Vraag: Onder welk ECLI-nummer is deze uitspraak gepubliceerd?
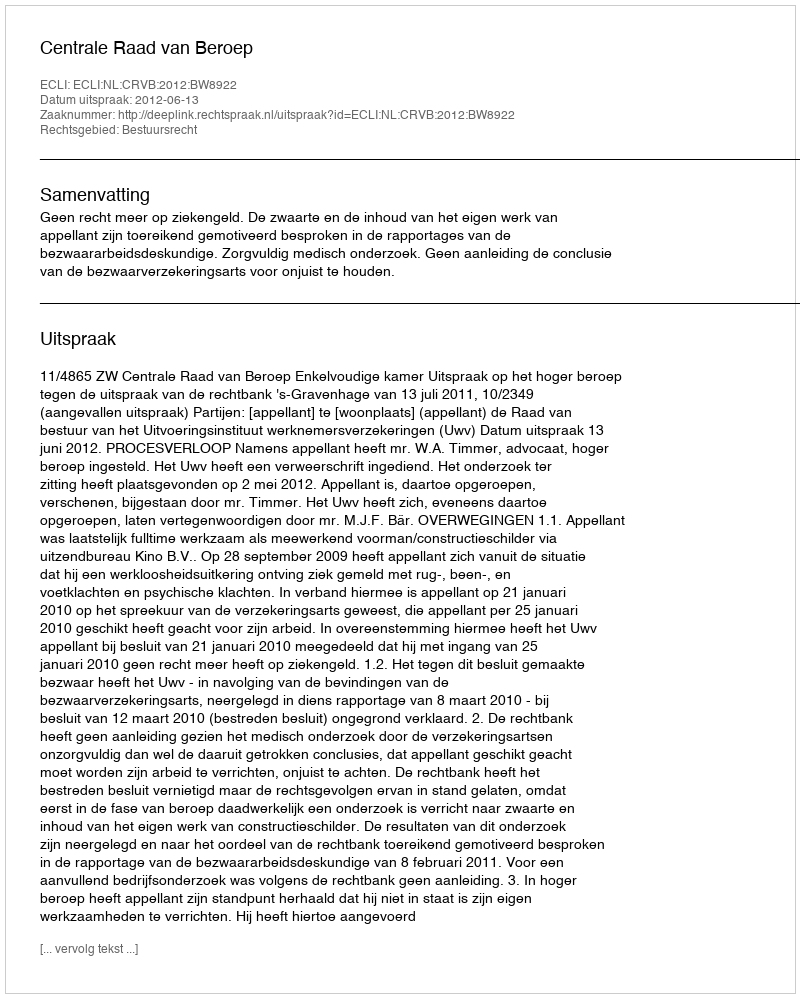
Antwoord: ECLI:NL:CRVB:2012:BW8922